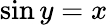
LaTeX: \sin y=x\,